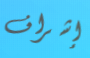
إشراف